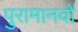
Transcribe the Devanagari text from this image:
पुरामानवों